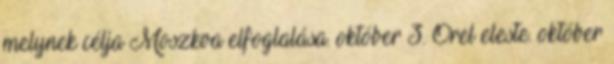
melynek célja Moszkva elfoglalása. október 3. Orel eleste. október